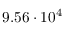
9 . 5 6 \cdot 1 0 ^ { 4 }